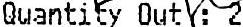
QUANTITY OUT : 2